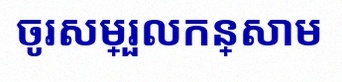
ចូរសម្រួលកន្សោម